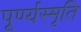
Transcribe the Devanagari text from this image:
पूर्ण्यस्मृति